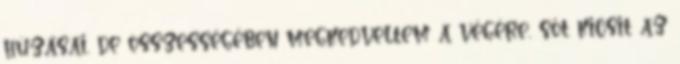
húzásai, de összességében megkedveltem a végére, sőt kicsit az